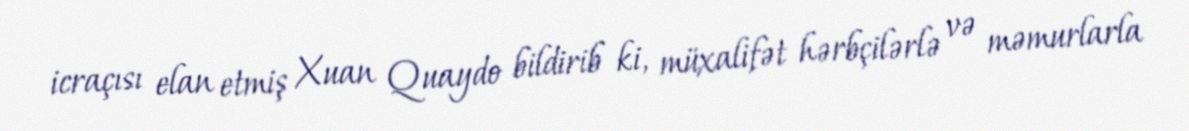
icraçısı elan etmiş Xuan Quaydo bildirib ki, müxalifət hərbçilərlə və məmurlarla